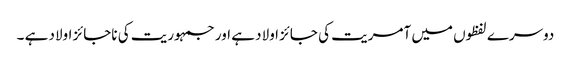
دوسرے لفظوں میں آمریت کی جائز اولاد ہے اور جمہوریت کی ناجائز اولاد ہے ۔